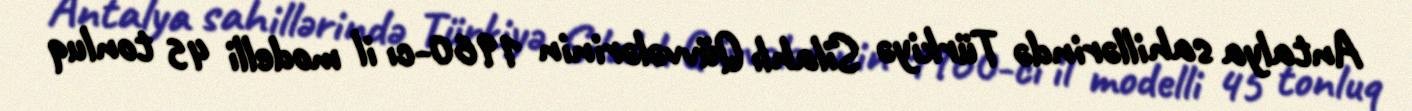
Antalya sahillərində Türkiyə Silahlı Qüvvələrinin 1960-cı il modelli 45 tonluq